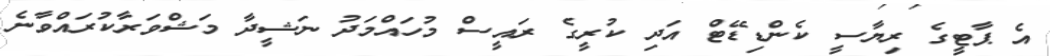
އެ ޕާޓީގެ ރިޔާސީ ކެންޑިޑޭޓް އަދި ކުރީގެ ރައީސް މުހައްމަދު ނަޝީދާ މަޝްވަރާކުރައްވާނެ